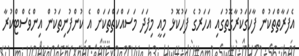
އެފަރާތްތަކުން ފާހަގަކުރާގޮތުގައި އަހަރުގެ ފަހުކޮޅު މިއީ މިފަދަ މަސައްކަތްތަކަށް އެ ކުންފުނިތަކުން އިންވެސްޓްކުރާ